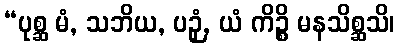
“ပုစ္ဆ မံ, သဘိယ, ပဉှံ, ယံ ကိဉ္စိ မနသိစ္ဆသိ၊